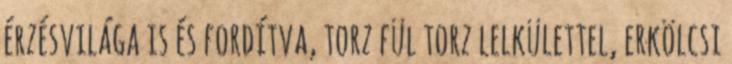
érzésvilága is és fordítva, torz fül torz lelkülettel, erkölcsi